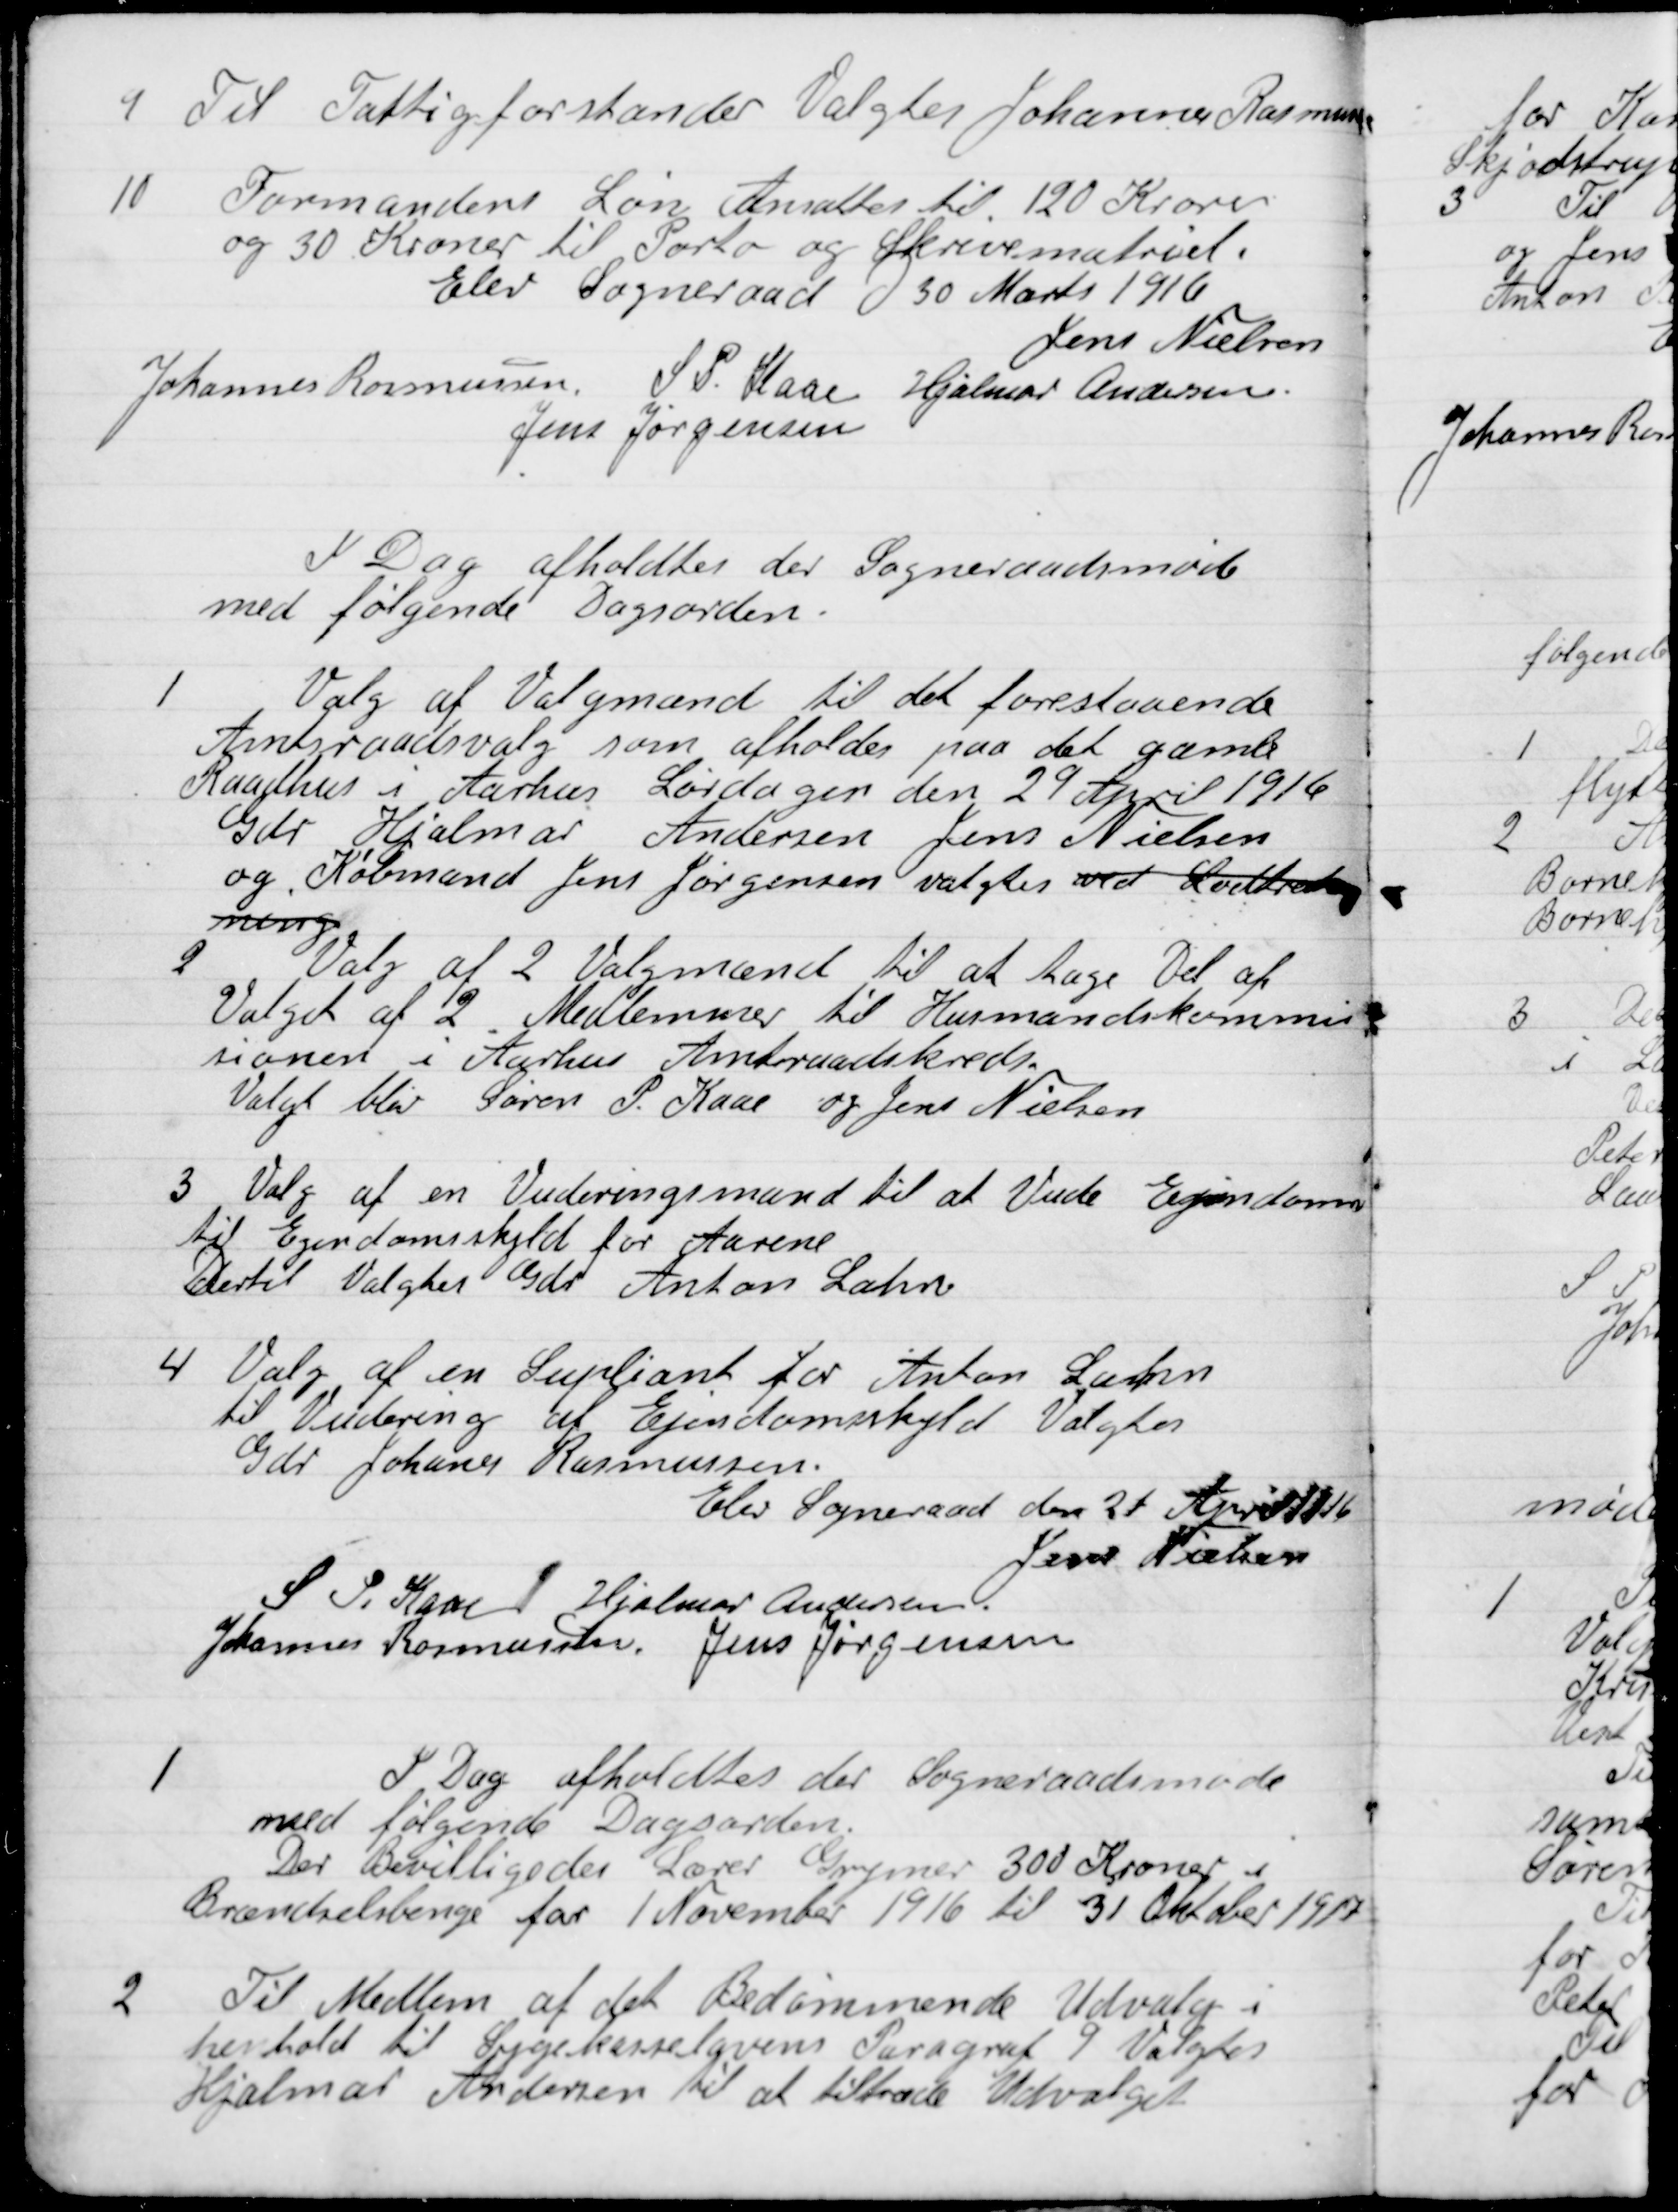
Transskription:
9

Til Fattigforstander Valgtes Johannes Rasmussen.

10

Formandens Løn Ansættes til 120 Kroner
og 30 Kroner til Porto og Skrivemateriel.

Elev Sogneraad D. 30 Marts 1916

Jens Nielsen
Johannes Rasmussen
S.P. Kaae
Hjalmar Andersen
Jens Jørgensen

I Dag afholdtes der Sogneraadsmøde
med følgende Dagsorden.

1

Valg af Valgmænde til det forestaaende
Amtsraadsvalg som afholdes paa det gamle
Raadhus i Aarhus Lørdag den 29 April 1916
Gdr. Hjalmar Andersen, Jens Nielsen
og Købmand Jens Jørgensen valgtes ved Lodtræk-
ning.

2

Valg af 2 Valgmænd til at tage Del af
Valget af 2 Medlemmer til Husmandskommi-
sionen i Aarhus Amtraadskreds.
Valgt blev Søren P. Kaae og Jens Nielsen

3

Valg af en Vurderingsmand til at Vurdere Ejendomme
til Ejendomsskyld for Aarene
Dertil Valgtes Gdr. Anton Lahn.

4

Valg af en Suppleant for Anton Lahn
til Vurdering af Ejendomsskyld Valgtes
Gdr. Joannes Rasmussen.

Elev Sogneraad den 21 April

Jens Nielsen
S.P. Kaae
Hjalmer Andersen
Johannes Rasmussen
Jens Jørgensen

I Dag afholdtes der Sogneraadsmøde
med følgende dagsorden:

1

Der bevilligedes Lærer Gunnar 300 Kroner
Brændselsbenge for 1 November 1916 til 31 Oktober 1917

2

Til Medlem af det Bedømmende Udvalg i
henholdt til Sygekasselovens Paragraf 9 Valgtes
Hjalmar Andersen til at tiltræde Udvalget